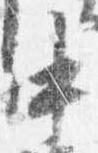
中